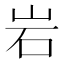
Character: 岩